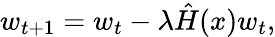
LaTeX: w_{t+1}=w_{t}-\lambda\hat{H}(x)w_{t},